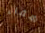
شفاء